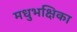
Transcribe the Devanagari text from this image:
मधुभक्षिका